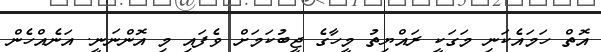
އޮތް ހަމައެކަނި މަގަކީ ރައްޔިތު މީހާގެ ޖީބުކަމަށް ވެފައި މި އޮންނަނީ. އަނެއްހެން